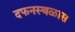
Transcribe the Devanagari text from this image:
दफनस्थळास